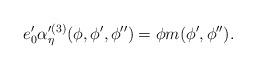
LaTeX: \begin{align*}e'_0 \alpha'^{(3)}_{\eta} (\phi,\phi', \phi'')=\phi m(\phi', \phi'').\end{align*}